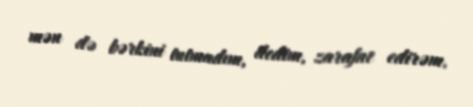
mən də bərkini tutmadım, dedim, zarafat edirəm.